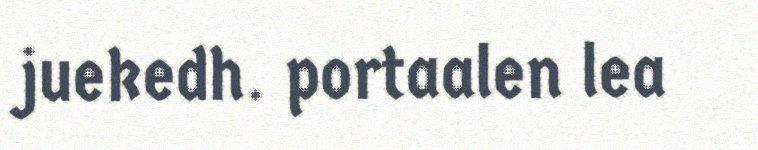
juekedh. portaalen lea